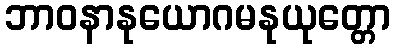
ဘာဝနာနုယောဂမနုယုတ္တော